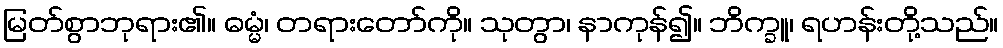
မြတ်စွာဘုရား၏။ ဓမ္မံ၊ တရားတော်ကို။ သုတွာ၊ နာကုန်၍။ ဘိက္ခူ၊ ရဟန်းတို့သည်။